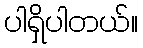
ပါရှိပါတယ်။